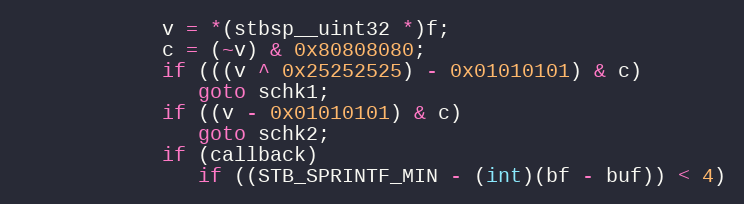
Language: C
            v = *(stbsp__uint32 *)f;
            c = (~v) & 0x80808080;
            if (((v ^ 0x25252525) - 0x01010101) & c)
               goto schk1;
            if ((v - 0x01010101) & c)
               goto schk2;
            if (callback)
               if ((STB_SPRINTF_MIN - (int)(bf - buf)) < 4)